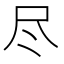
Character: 尽